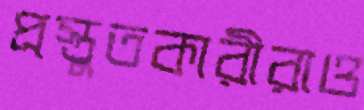
প্রস্তুতকারীরাও